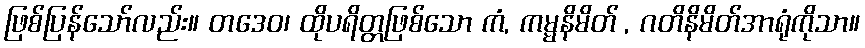
ဖြစ်ပြန်သော်လည်း။ တဒေဝ၊ ထိုပရိတ္တဖြစ်သော ကံ, ကမ္မနိမိတ် , ဂတိနိမိတ်အာရုံကိုသာ။